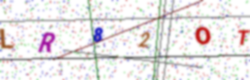
Text: LR82OT